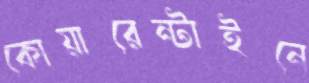
কোয়ারেন্টাইনে